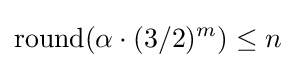
\operatorname {round} (\alpha \cdot (3/2)^{m})\leq n